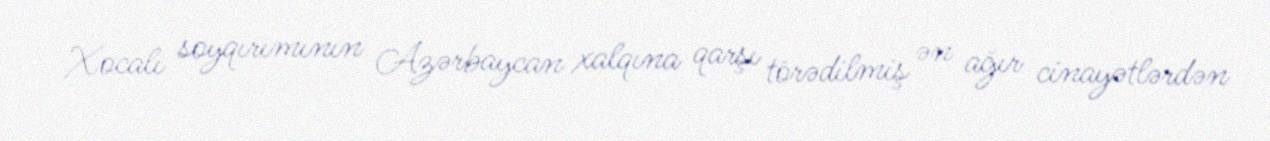
Xocalı soyqırımının Azərbaycan xalqına qarşı törədilmiş ən ağır cinayətlərdən